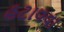
હટાવવા